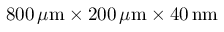
8 0 0 \, \mu \mathrm { m } \times 2 0 0 \, \mu \mathrm { m } \times 4 0 \, \mathrm { n m }